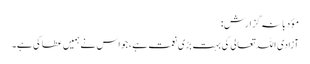
مؤدبانہ گزارش:
آزادی اللہ تعالی کی بہت بڑی نعمت ہے، جو اس نے ہمیں عطا کی ہے۔